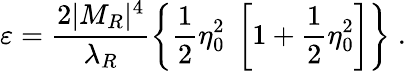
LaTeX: \varepsilon=\frac{2|M_{R}|^{4}}{\lambda_{R}}\left\{ \frac 12\eta_{0}^{2}\; \left[1+\frac 12\eta_{0}^{2}\right]\right\} \; .